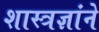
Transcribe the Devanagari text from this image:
शास्त्रज्ञांने